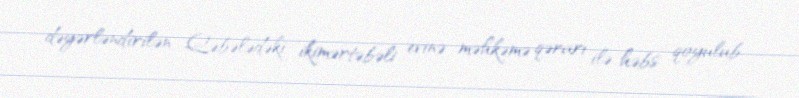
dəyərləndirilən Qəbələdəki ikimərtəbəli evinə məhkəmə qərarı ilə həbs qoyulub.